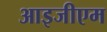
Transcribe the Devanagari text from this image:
आइजीएम